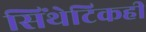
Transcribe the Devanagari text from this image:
सिंथेटिकही